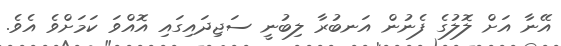
އޭނާ އަށް ލޮލުގެ ފެނުން އަނބުރާ ލިބުނީ ސަޖިދައިގައި އޮއްވަ ކަމަށްވެ އެވެ.